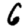
Digit: 6